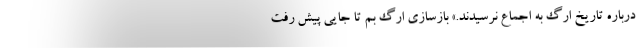
درباره تاریخ ارگ به اجماع نرسیدند.» بازسازی ارگ بم تا جایی پیش رفت